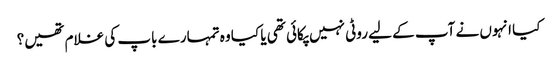
کیا انہوں نے آپ کے لیے روٹی نہیں پکائی تھی یا کیا وہ تمہارے باپ کی غلام تھیں؟